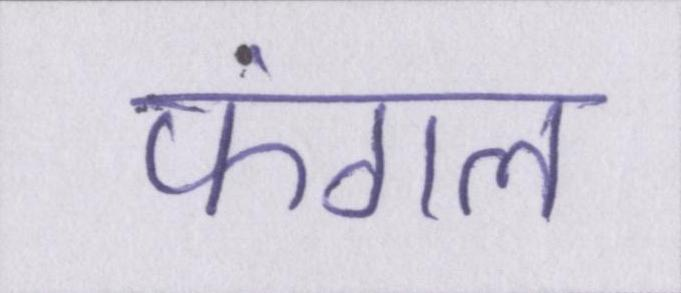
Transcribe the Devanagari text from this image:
फंगल